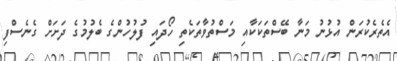
އެތެރެކުރަން އުޅުނު މަނާ ބޭސްތަކަކާއި މަސްތުވާތަކެތި ހޯދައި ފުލުހުންގެ ބެލުމުގެ ދަށަށް ގެނެސްފި